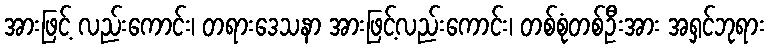
အားဖြင့် လည်းကောင်း၊ တရားဒေသနာ အားဖြင့်လည်းကောင်း၊ တစ်စုံတစ်ဦးအား အရှင်ဘုရား